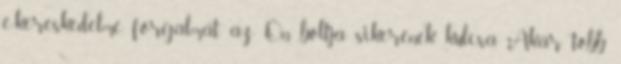
e-kereskedelme forgalmát, az Ön boltja sikerének kulcsa. Akár több